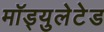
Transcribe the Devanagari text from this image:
मॉड्युलेटेड